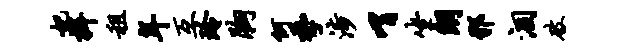
妃捍租年互玲胸何季涉喟坐朗邪涸破